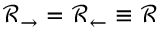
\mathcal { R } _ { \rightarrow } = \mathcal { R } _ { \leftarrow } \equiv \mathcal { R }